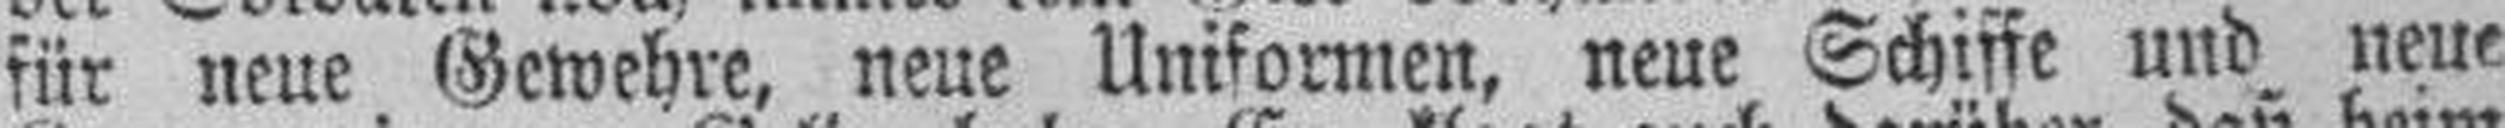
für neue Gewehre, neue Uniformen, neue Schiffe und neue